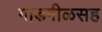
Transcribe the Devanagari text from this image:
गाडगीळसह